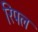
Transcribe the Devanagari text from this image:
रिपल